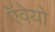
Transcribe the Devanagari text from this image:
ऍवेयो